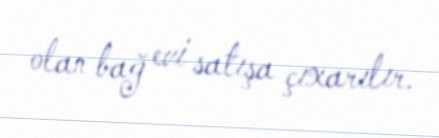
olan bağ evi satışa çıxarılır.